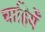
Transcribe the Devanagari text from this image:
चाहियेँ